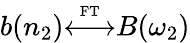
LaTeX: b(n_{2}){\overset{\underset{\mathrm{FT}}{}}{\longleftrightarrow}}B(\omega_{2})